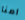
امنا